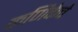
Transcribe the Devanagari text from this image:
कणिकेचे